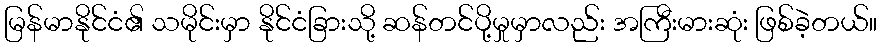
မြန်မာနိုင်ငံ၏ သမိုင်းမှာ နိုင်ငံခြားသို့ ဆန်တင်ပို့မှုမှာလည်း အကြီးမားဆုံး ဖြစ်ခဲ့တယ်။